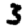
Digit: 3